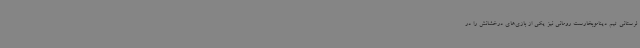
لرستانی تیم دیناموبخارست رومانی نیز یکی از بازی‌های درخشانش را در